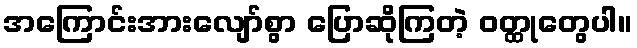
အကြောင်းအားလျော်စွာ ပြောဆိုကြတဲ့ ဝတ္ထုတွေပါ။